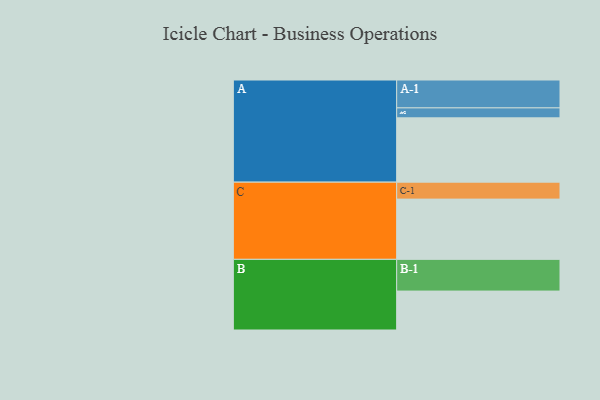
{"axis": {"x": "Segment", "y": "Value"}, "legend": ["", "A", "B", "C"], "data": [{"x": "A", "y": 588, "type": ""}, {"x": "B", "y": 356, "type": ""}, {"x": "C", "y": 551, "type": ""}, {"x": "A-1", "y": 255, "type": "A"}, {"x": "A-2", "y": 91, "type": "A"}, {"x": "B-1", "y": 290, "type": "B"}, {"x": "C-1", "y": 155, "type": "C"}]}